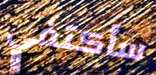
سأكتفي